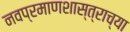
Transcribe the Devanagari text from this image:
नवप्रमाणशास्त्राच्या